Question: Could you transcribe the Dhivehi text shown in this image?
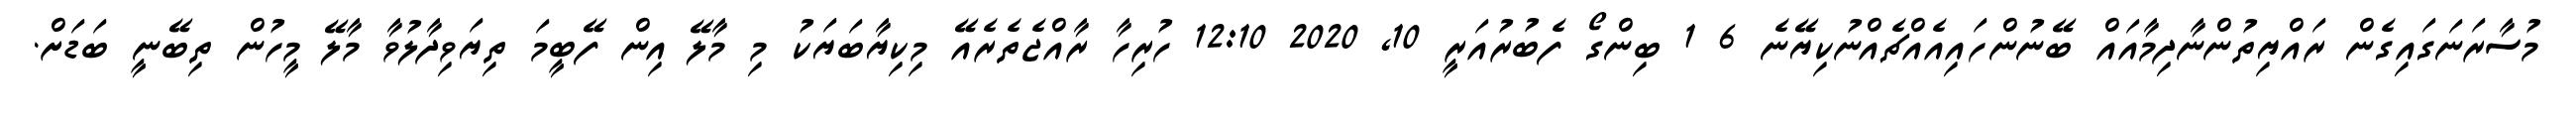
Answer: މުސާރަނަގައިގެން ރައްޔިތުންނާދިމާއައް ބޭނުންހައިއެއްޗެއްނުކިޔޭނެ 6 1 ބިންގޯ ފެބުރުއަރީ 10, 2020 12:10 ހުރިހާ ރާއްޖެތެރެއޭ މިކިޔާބަޔަކު މި މާލޭ އިން ފޭބީމަ ތިޔަވިދާލުވާ މާލޭ މީހުން ތިބޭނީ ބަޑަށް.